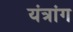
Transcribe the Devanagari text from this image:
यंत्रांग